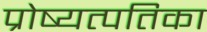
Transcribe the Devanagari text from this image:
प्रोष्यत्पतिका